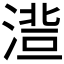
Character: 𱧾